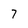
Character: 7